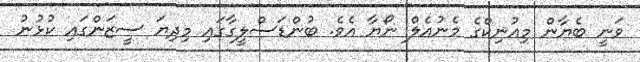
ވަނީ ބެޔާން މިއުނިކްގެ މެނުއެލް ނޯޔާ އެވެ. ބުންޑަސްލީގާގައި މިދިޔަ ސީޒަންގައި ކުޅުނު